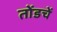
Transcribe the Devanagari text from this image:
तोंडचें